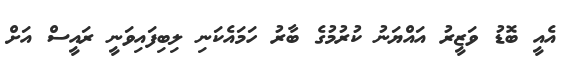
އެއީ ބޮޑު ވަޒީރު އައްޔަނު ކުރުމުގެ ބާރު ހަމައެކަނި ލިބިފައިވަނީ ރައީސް އަށް